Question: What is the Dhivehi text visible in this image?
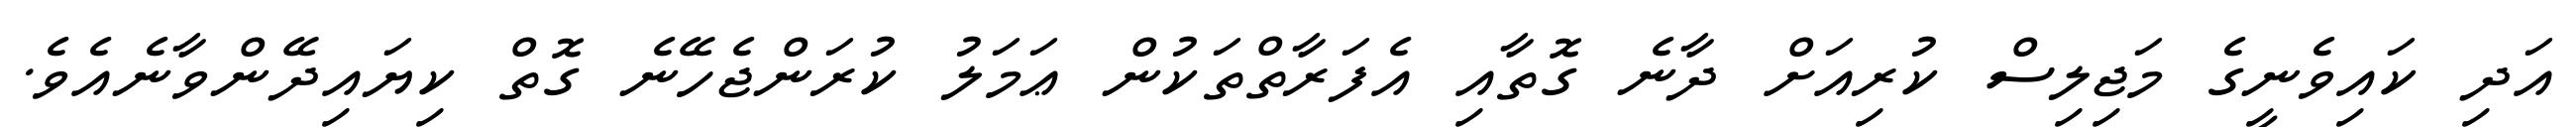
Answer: އަދި ކައިވެނީގެ މަޖިލިސް ކުރިއަށް ދާނެ ގޮތާއި އެފަރާތްތަކުން ޢަމަލު ކުރަންޖެހޭނެ ގޮތް ކިޔައިދޭންވާނެއެވެ.